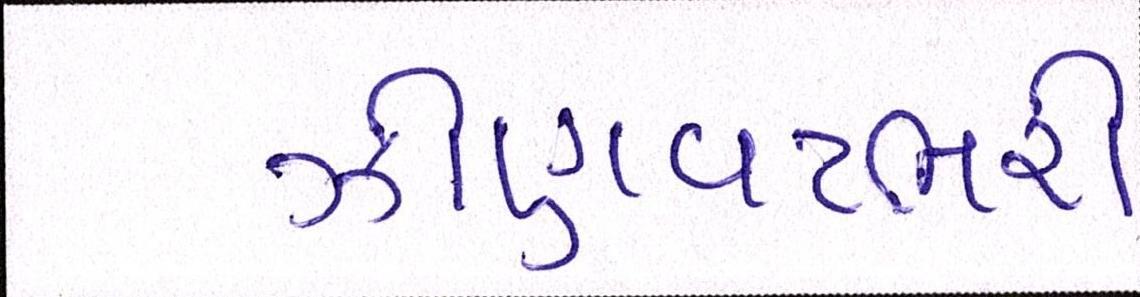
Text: ઝીણવટભરી